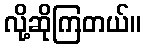
လို့ဆိုကြတယ်။